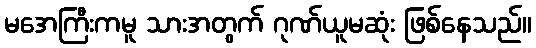
မအေကြီးကမူ သားအတွက် ဂုဏ်ယူမဆုံး ဖြစ်နေသည်။